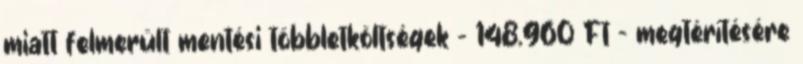
miatt felmerült mentési többletköltségek – 148.960 Ft – megtérítésére